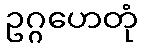
ဥဂ္ဂဟေတုံ